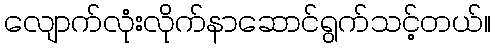
လျောက်လုံးလိုက်နာဆောင်ရွက်သင့်တယ်။